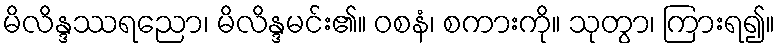
မိလိန္ဒဿရညော၊ မိလိန္ဒမင်း၏။ ဝစနံ၊ စကားကို။ သုတွာ၊ ကြားရ၍။